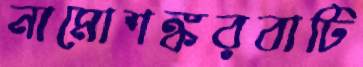
নামোশঙ্করবাটি